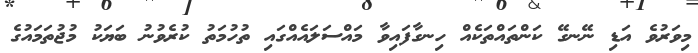
މިވަރުވެ އަޑި ނޭނގޭ ކަންތައްތަކެއް ހިނގާފައިވާ މައްސަލައެއްގައި ތުހުމަތު ކުރެވުނު ބަޔަކު މުޖުތަމައުގެ